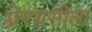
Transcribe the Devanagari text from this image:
प्रेरयसीला